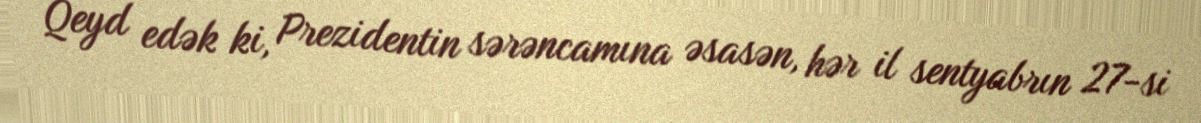
Qeyd edək ki, Prezidentin sərəncamına əsasən, hər il sentyabrın 27-si